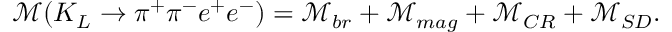
\mathcal { M } ( K _ { L } \rightarrow \pi ^ { + } \pi ^ { - } e ^ { + } e ^ { - } ) = \mathcal { M } _ { b r } + \mathcal { M } _ { m a g } + \mathcal { M } _ { C R } + \mathcal { M } _ { S D } .